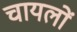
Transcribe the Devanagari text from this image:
चायलों